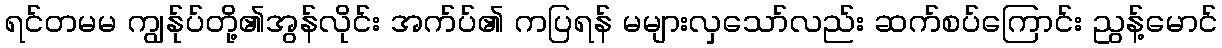
ရင်တမမ ကျွန်ုပ်တို့၏အွန်လိုင်း အက်ပ်၏ ကပြရန် မများလှသော်လည်း ဆက်စပ်ကြောင်း ညွန့်မောင်